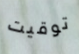
توقيت